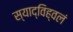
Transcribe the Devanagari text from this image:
स्याद्विह्वलं